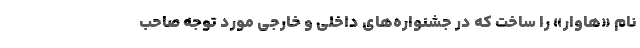
نام «هاوار» را ساخت که در جشنواره‌های داخلی و خارجی مورد توجه صاحب